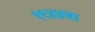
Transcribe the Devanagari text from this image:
१९४४चा